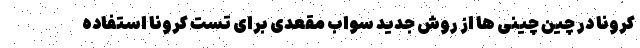
کرونا در چین چینی ها از روش جدید سواب مقعدی برای تست کرونا استفاده